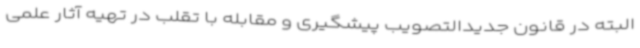
البته در قانون جدیدالتصویب پیشگیری و مقابله با تقلب در تهیه آثار علمی